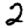
Digit: 2